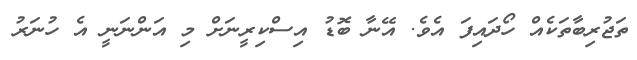
ތަޖުރިބާތަކެއް ހޯދައިފަ އެވެ. އޭނާ ބޮޑު އިސްކިރީނަށް މި އަންނަނީ އެ ހުނަރު